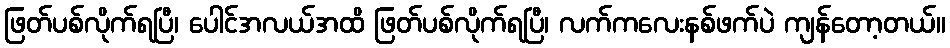
ဖြတ်ပစ်လိုက်ရပြီ၊ ပေါင်အလယ်အထိ ဖြတ်ပစ်လိုက်ရပြီ၊ လက်ကလေးနစ်ဖက်ပဲ ကျန်တော့တယ်။